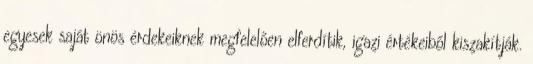
egyesek saját önös érdekeiknek megfelelően elferdítik, igazi értékeiből kiszakítják.